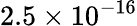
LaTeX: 2.5\times 10^{-16}